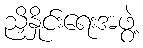
ညှိနှိုင်းရေးအဖွဲ့